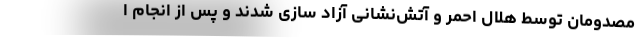
مصدومان توسط هلال احمر و آتش‌نشانی آزاد سازی شدند و پس از انجام ا